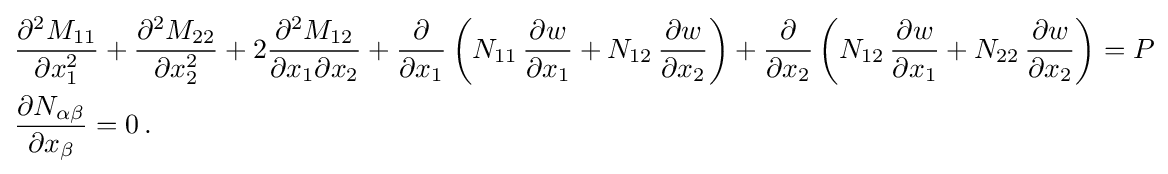
{\begin{aligned}&{\frac {\partial ^{2}M_{11}}{\partial x_{1}^{2}}}+{\frac {\partial ^{2}M_{22}}{\partial x_{2}^{2}}}+2{\frac {\partial ^{2}M_{12}}{\partial x_{1}\partial x_{2}}}+{\frac {\partial }{\partial x_{1}}}\left(N_{11}\,{\frac {\partial w}{\partial x_{1}}}+N_{12}\,{\frac {\partial w}{\partial x_{2}}}\right)+{\frac {\partial }{\partial x_{2}}}\left(N_{12}\,{\frac {\partial w}{\partial x_{1}}}+N_{22}\,{\frac {\partial w}{\partial x_{2}}}\right)=P\\&{\frac {\partial N_{\alpha \beta }}{\partial x_{\beta }}}=0\,.\end{aligned}}